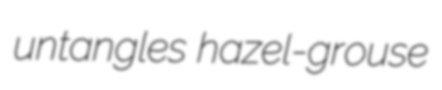
untangles hazel-grouse